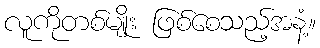
လူကိုတစ်မျိုး ဖြစ်စေသည့်အနံ့။